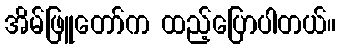
အိမ်ဖြူတော်က ထည့်ပြောပါတယ်။